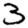
Digit: 3